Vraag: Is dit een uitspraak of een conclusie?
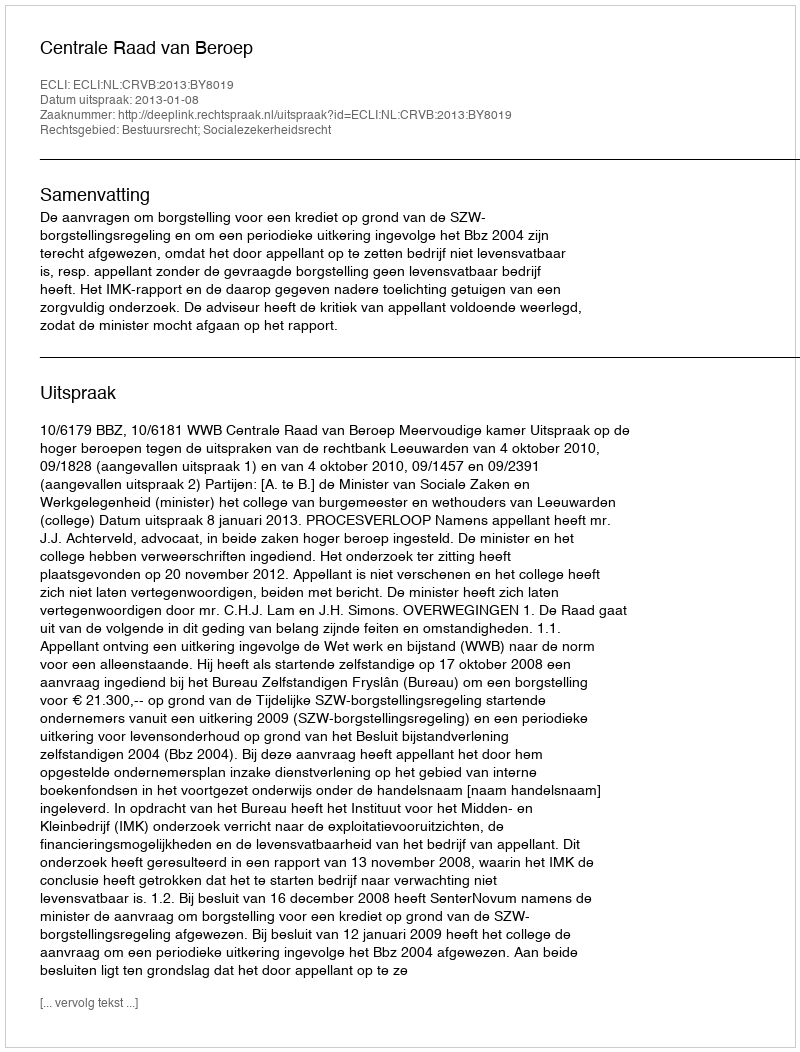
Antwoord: Uitspraak